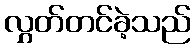
လွှတ်တင်ခဲ့သည်